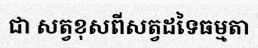
ជា សត្វខុសពីសត្វដទៃធម្មតា